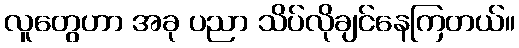
လူတွေဟာ အခု ပညာ သိပ်လိုချင်နေကြတယ်။